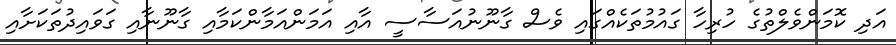
އަދި ކޮމަންވެލްތުގެ ހުރިހާ ގައުމުތަކެއްގައި ވެސް ގާނޫނުއަސާސީ އާއި އަމަންއަމާންކަމާއި ގާނޫނާއި ގަވައިދުތަކަށާއި